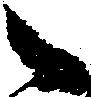
々